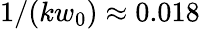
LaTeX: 1/(kw_{0})\approx 0.018